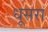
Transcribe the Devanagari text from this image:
धूसरा